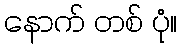
နောက် တစ် ပုံ။